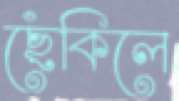
ছেঁকিলে